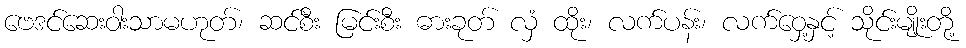
ဗေဒင်ဆေးဝါးသာမဟုတ်၊ ဆင်စီး မြင်းစီး ဓားခုတ် လှံ ထိုး၊ လက်ပန်း၊ လက်ဝှေ့နှင့် သိုင်းမျိုးတို့